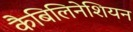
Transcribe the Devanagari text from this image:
कैबिलिनेशियन